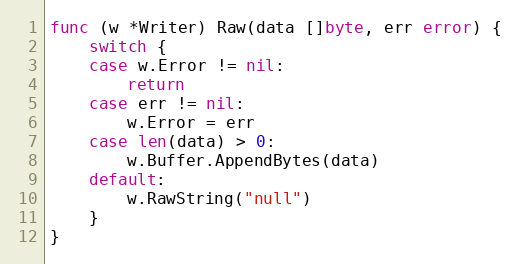
Language: Go
func (w *Writer) Raw(data []byte, err error) {
	switch {
	case w.Error != nil:
		return
	case err != nil:
		w.Error = err
	case len(data) > 0:
		w.Buffer.AppendBytes(data)
	default:
		w.RawString("null")
	}
}